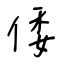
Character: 倭